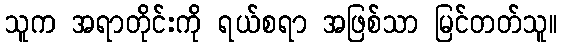
သူက အရာတိုင်းကို ရယ်စရာ အဖြစ်သာ မြင်တတ်သူ။